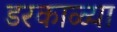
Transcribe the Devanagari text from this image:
डरकाळ्या